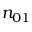
n _ { 0 1 }